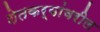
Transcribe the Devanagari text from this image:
शेतकर्यांवरील